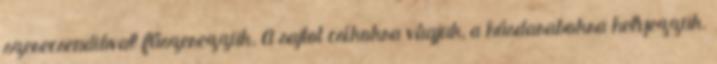
szerecsendióval fűszerezzük. A sajtot csíkokra vágjuk, a húsdarabokra helyezzük.